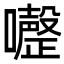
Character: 𭌏